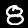
Label: 8